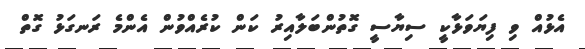
އެޅުއް ވި ފިޔަވަޅާކީ ސިޔާސީ ގޮތުންބަލާއިރު ކަން ކުރެއްވުން އެންމެ ރަނގަޅު ގޮތް